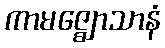
ကာမဇ္ဈောသာနံ